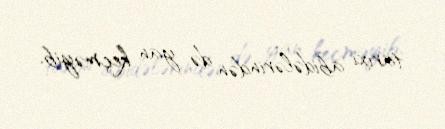
tarixi abidələrindən də yan keçməyib.